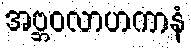
အဗ္ဘဝလာဟကာနံ